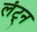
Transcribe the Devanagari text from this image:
लंट्न